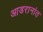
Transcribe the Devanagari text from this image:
आडरानांत